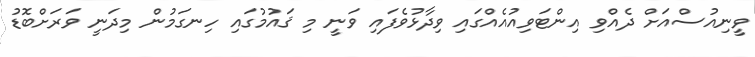
ވީނިއުސްއަށް ދެއްވި އިންޓަވިއުއެއްގައި ވިދާޅުވެފައި ވަނީ މި ޤައުމުގައި ހިނގަމުން މިދަނީ ވަރަށްބޮޑު